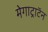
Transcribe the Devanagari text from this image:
मेगाट्राटॅन